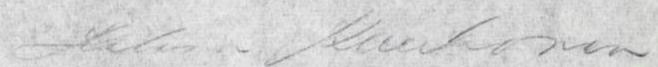
Helena Kaukonen